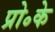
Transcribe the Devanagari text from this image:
प्रो॰के